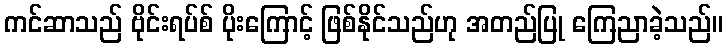
ကင်ဆာသည် ဗိုင်းရပ်စ် ပိုးကြောင့် ဖြစ်နိုင်သည်ဟု အတည်ပြု ကြေညာခဲ့သည်။